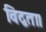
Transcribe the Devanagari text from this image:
विद्वता।